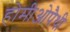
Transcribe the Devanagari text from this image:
होमीओपैथी